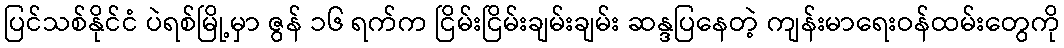
ပြင်သစ်နိုင်ငံ ပဲရစ်မြို့မှာ ဇွန် ၁၆ ရက်က ငြိမ်းငြိမ်းချမ်းချမ်း ဆန္ဒပြနေတဲ့ ကျန်းမာရေးဝန်ထမ်းတွေကို